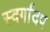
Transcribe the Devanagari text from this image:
स्वर्गादप